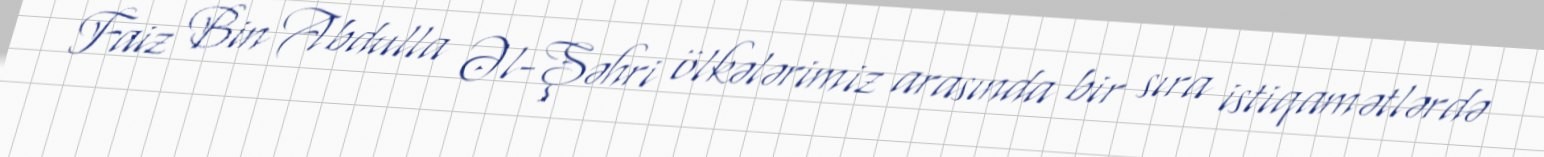
Faiz Bin Abdulla Əl-Şəhri ölkələrimiz arasında bir sıra istiqamətlərdə